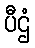
ပီဌံ